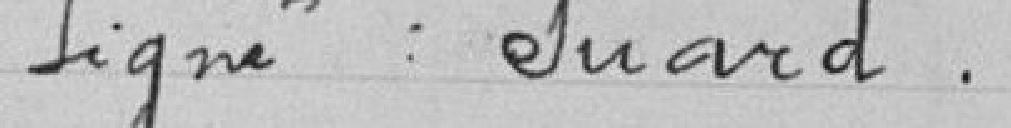
Ligné : duard ..